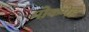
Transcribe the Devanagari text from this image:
मोकमेह